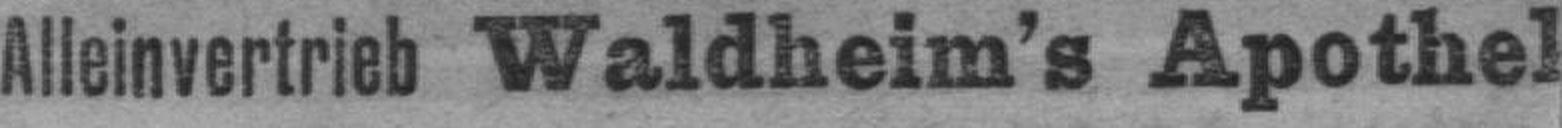
Alleinvertrieb Waldheim’s Apothel